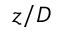
z / D